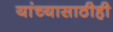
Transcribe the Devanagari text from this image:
यांच्यासाठीही